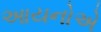
આયનોએ